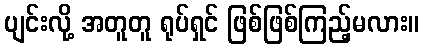
ပျင်းလို့ အတူတူ ရုပ်ရှင် ဖြစ်ဖြစ်ကြည့်မလား။